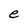
Character: e